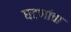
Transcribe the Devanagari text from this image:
घटणांचा